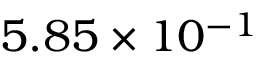
5 . 8 5 \times 1 0 ^ { - 1 }